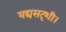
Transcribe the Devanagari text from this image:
यद्यसदृशी।